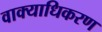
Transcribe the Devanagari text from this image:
वाक्याधिकरण